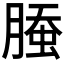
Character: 𰯁